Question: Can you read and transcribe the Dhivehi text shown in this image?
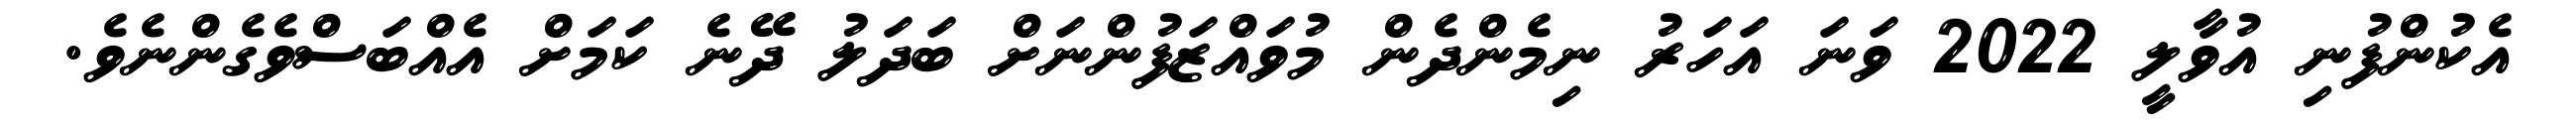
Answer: އެކުންފުނި އުވާލީ 2022 ވަނަ އަހަރު ނިމެންދެން މުވައްޒަފުންނަށް ބަދަލު ދޭނެ ކަމަށް އެއްބަސްވެގެންނެވެ.